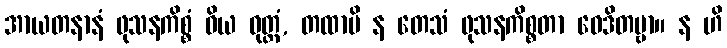
အာယတနာနံ ဖုသနကိစ္စံ ဝိယ ဝုတ္တံ, တထာပိ န တေသံ ဖုသနကိစ္စတာ ဝေဒိတဗ္ဗာ။ န ဟိ